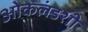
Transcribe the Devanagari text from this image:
ओकलंडशी